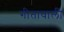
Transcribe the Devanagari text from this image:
गीतावाली